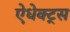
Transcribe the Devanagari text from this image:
ऐधेक्ट्स